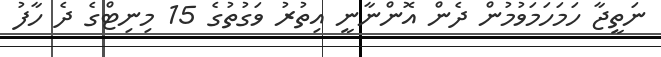
ނަތީޖާ ހަމަހަމަވުމުން ދެން އޮންނާނީ އިތުރު ވަގުތުގެ 15 މިނިޓްގެ ދެ ހާފު